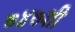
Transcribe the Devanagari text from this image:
७४७शी